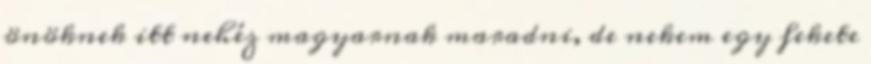
önöknek itt nehéz magyarnak maradni, de nekem egy fekete